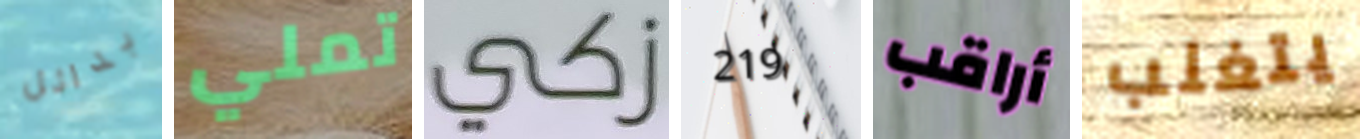
بدائل تملي زكي 219 أراقب يتغلب